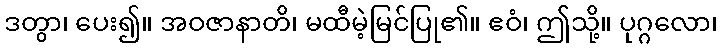
ဒတွာ၊ ပေး၍။ အဝဇာနာတိ၊ မထီမဲ့မြင်ပြု၏။ ဧဝံ၊ ဤသို့။ ပုဂ္ဂလော၊